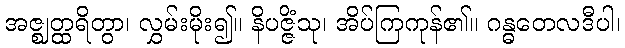
အဇ္ဈတ္ထရိတွာ၊ လွှမ်းမိုး၍။ နိပဇ္ဇိံသု၊ အိပ်ကြကုန်၏။ ဂန္ဓတေလဒီပါ၊